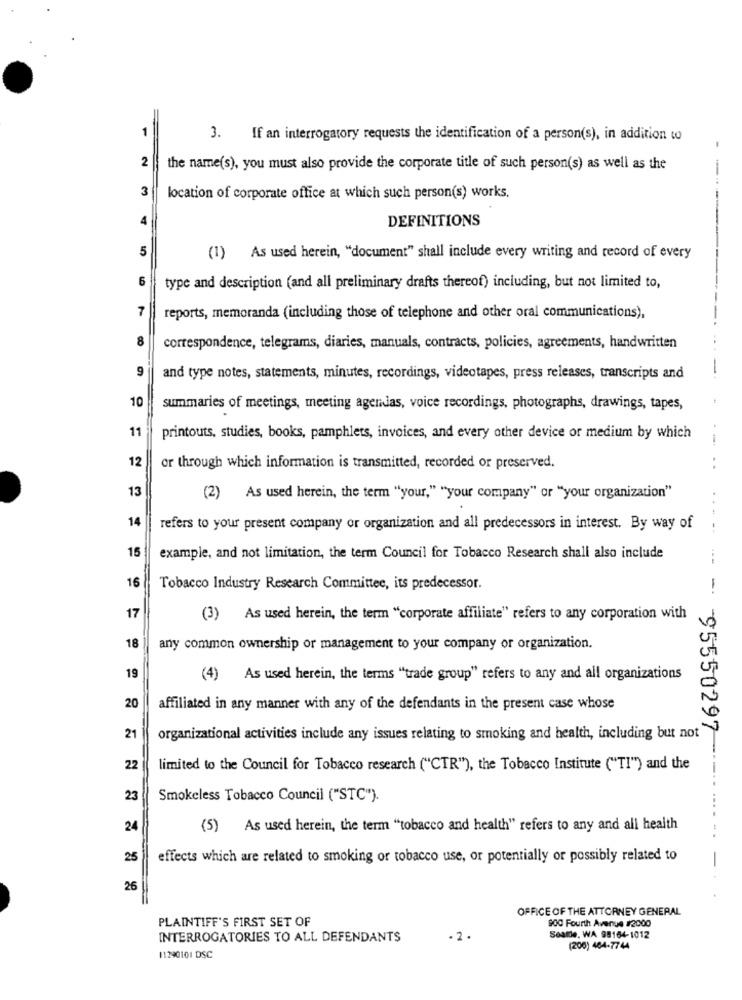
1
3.
If an interrogatory requests the identification of a person(s), in addition to
2
the name(s), you must also provide the corporate title of such person(s) as well as the
3
location of corporate office at which such person(s) works.
4
DEFINITIONS
5
(1) As used herein, "document" shall include every writing and record of every
6
type and description (and all preliminary drafts thereof) including, but not limited to,
7
reports, memoranda (including those of telephone and other oral communications),
8
correspondence, telegrams, diaries, manuals, contracts, policies, agreements, handwritten
9
and type notes, statements, minutes, recordings, videotapes, press releases, transcripts and
10
summaries of meetings, meeting agendas, voice recordings, photographs, drawings, tapes,
11
printouts, studies, books, pamphlets, invoices, and every other device or medium by which
12
or through which information is transmitted, recorded or preserved.
13
(2) As used herein, the term "your," "your company" or "your organization"
14
refers to your present company or organization and all predecessors in interest. By way of
---
15
example, and not limitation, the term Council for Tobacco Research shall also include
16
Tobacco Industry Research Committee, its predecessor.
-
17
(3) As used herein, the term "corporate affiliate" refers to any corporation with
18
any common ownership or management to your company or organization.
19
(4) As used herein, the terms "trade group" refers to any and all organizations
20
affiliated in any manner with any of the defendants in the present case whose
21
organizational activities include any issues relating to smoking and health, including but not
22
limited to the Council for Tobacco research ("CTR"), the Tobacco Institute ("TI") and the
95550297-
23
Smokeless Tobacco Council ("STC").
24
(5) As used herein, the term "tobacco and health" refers to any and all health
25
effects which are related to smoking or tobacco use, or potentially or possibly related to
-
26
OFFICE OF THE ATTORNEY GENERAL
PLAINTIFF'S FIRST SET OF
900 Fourth Avenue #2000
INTERROGATORIES TO ALL DEFENDANTS
.2.
Seattle, WA 98164-1012
(200) 464-7744
11290101 DSC